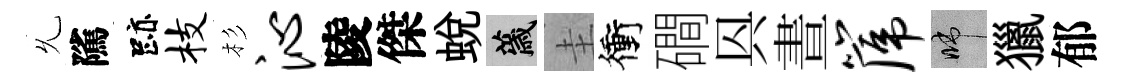
𠃔隲跡枝杉沁陵傑蛻薉圭衝磵㒷晝篪啼獵郁